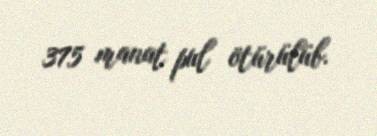
375 manat pul ötürülüb.